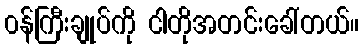
၀န်ကြီးချုပ်ကို ငါတိုအတင်းခေါ်တယ်။